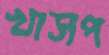
খাসপ